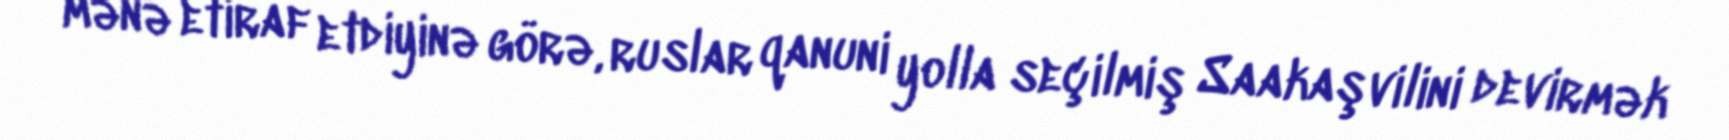
mənə etiraf etdiyinə görə, ruslar qanuni yolla seçilmiş Saakaşvilini devirmək